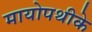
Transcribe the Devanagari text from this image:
मायोपथीके